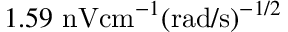
1 . 5 9 \ \mathrm { n V } \mathrm { c m } ^ { - 1 } ( \mathrm { r a d } / \mathrm { s } ) ^ { - 1 / 2 }